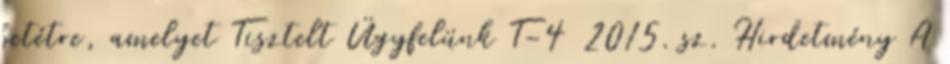
betétre, amelyet Tisztelt Ügyfelünk T-4 2015. sz. Hirdetmény A